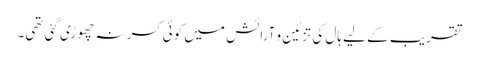
تقریب کے لیے ہال کی تزئین و آرائش میں کوئی کسر نہ چھوڑی گئی تھی۔